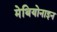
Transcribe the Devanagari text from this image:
मेथियोनाइन